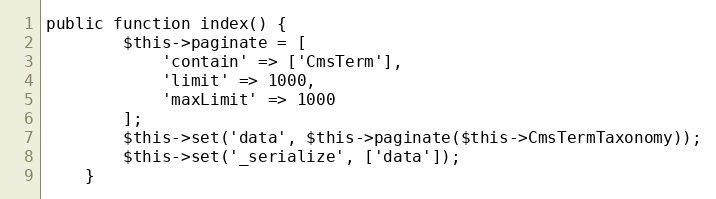
Language: PHP
public function index() {
        $this->paginate = [
            'contain' => ['CmsTerm'],
            'limit' => 1000,
            'maxLimit' => 1000
        ];
        $this->set('data', $this->paginate($this->CmsTermTaxonomy));
        $this->set('_serialize', ['data']);
    }